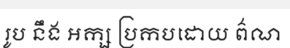
រូប នឹង អក្ស ប្រកបដោយ ព៌ណ